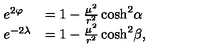
\begin{array} { l l } { e ^ { 2 \varphi } } & { = 1 - \frac { \mu ^ { 2 } } { r ^ { 2 } } \cosh ^ { 2 } \! \alpha } \\ { e ^ { - 2 \lambda } } & { = 1 - \frac { \mu ^ { 2 } } { r ^ { 2 } } \cosh ^ { 2 } \! \beta , } \\ \end{array}